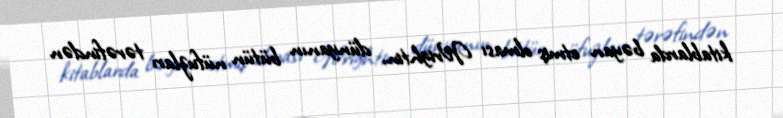
kitablarda bəyan etmiş olması Wrightin, dünyanın bütün nüfuzları tərəfindən